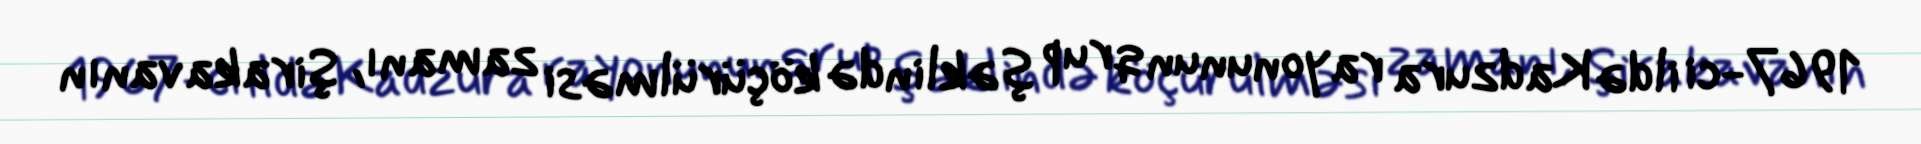
1967-ci ildə Kadzura rayonunun qrup şəklində köçürülməsi zamanı, Şirakavanın